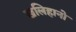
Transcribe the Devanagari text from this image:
खलिहानो